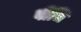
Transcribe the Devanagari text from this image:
वींचि